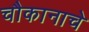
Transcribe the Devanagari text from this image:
चौकानाचे